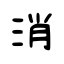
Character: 消